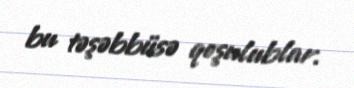
bu təşəbbüsə qoşulublar.